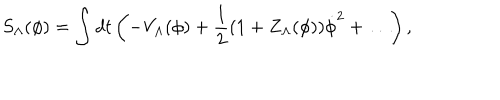
LaTeX: S _ { \Lambda } ( \phi ) = \int d t \left( - V _ { \Lambda } ( \phi ) + { \frac { 1 } { 2 } } ( 1 + Z _ { \Lambda } ( \phi ) ) \dot { \phi } ^ { 2 } + \ldots \right) ,